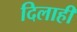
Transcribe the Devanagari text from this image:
दिलाही